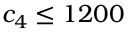
c _ { 4 } \leq 1 2 0 0